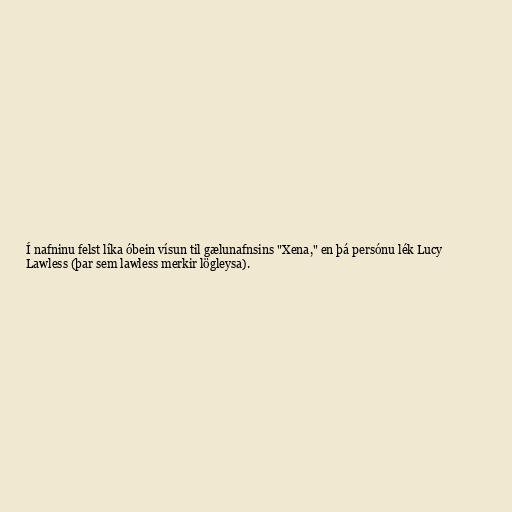
Í nafninu felst líka óbein vísun til gælunafnsins "Xena," en þá persónu lék Lucy
Lawless (þar sem lawless merkir lögleysa).